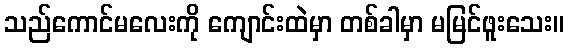
သည်ကောင်မလေးကို ကျောင်းထဲမှာ တစ်ခါမှာ မမြင်ဖူးသေး။